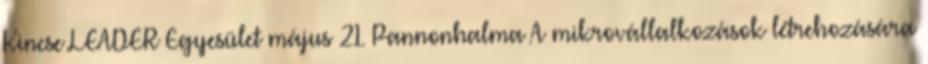
Kincse LEADER Egyesület május 21. Pannonhalma A mikrovállalkozások létrehozására